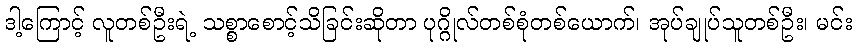
ဒါ့ကြောင့် လူတစ်ဦးရဲ့ သစ္စာစောင့်သိခြင်းဆိုတာ ပုဂ္ဂိုလ်တစ်စုံတစ်ယောက်၊ အုပ်ချုပ်သူတစ်ဦး၊ မင်း